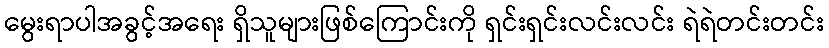
မွေးရာပါအခွင့်အရေး ရှိသူများဖြစ်ကြောင်းကို ရှင်းရှင်းလင်းလင်း ရဲရဲတင်းတင်း